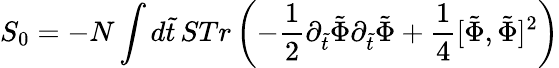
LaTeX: S_{0}=-N\int d\tilde{t}\, STr\left(-\frac{1}{2}\partial_{\tilde{t}}\tilde{\Phi}\partial_{\tilde{t}}\tilde{\Phi}+\frac{1}{4}[\tilde{\Phi},\tilde{\Phi}]^{2}\right)